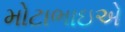
મોટાભાઇએ